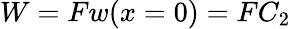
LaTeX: W=Fw(x=0)=FC_{2}